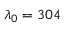
\lambda _ { 0 } = 3 0 4